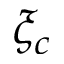
\xi _ { c }